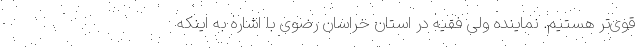
قوی‌تر هستیم. نماینده ولی فقیه در استان خراسان رضوی با اشاره به اینکه